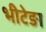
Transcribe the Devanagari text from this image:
भीटेङा